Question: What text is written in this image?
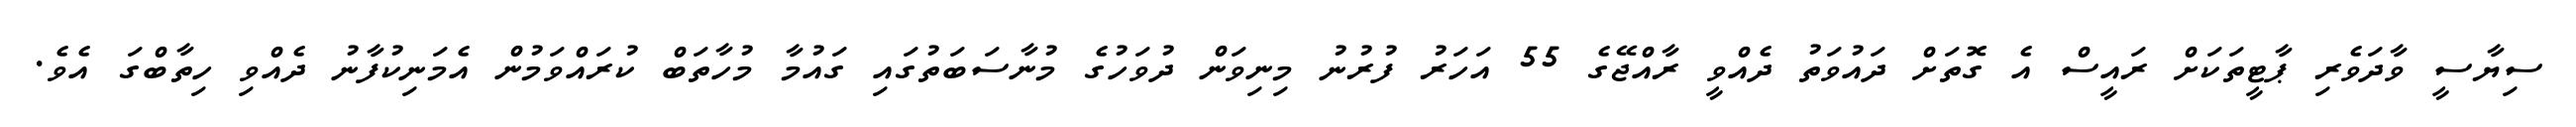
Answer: ސިޔާސީ ވާދަވެރި ޕާޓީތަކަށް ރައީސް އެ ގޮތަށް ދައުވަތު ދެއްވީ ރާއްޖޭގެ 55 އަހަރު ފުރުނު މިނިވަން ދުވަހުގެ މުނާސަބަތުގައި ގައުމާ މުހާތަބް ކުރައްވަމުން އެމަނިކުފާނު ދެއްވި ހިތާބްގަ އެވެ.